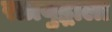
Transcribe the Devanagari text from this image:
रात्रयुद्धाला